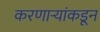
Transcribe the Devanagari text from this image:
करणाऱ्यांकडून